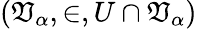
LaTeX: (\mathfrak{V}_{\alpha},\in,U\cap\mathfrak{V}_{\alpha})